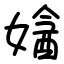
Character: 㜝